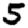
Digit: 5